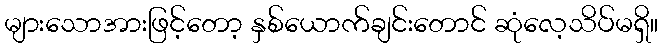
များသောအားဖြင့်တော့ နှစ်ယောက်ချင်းတောင် ဆုံလေ့သိပ်မရှိ။